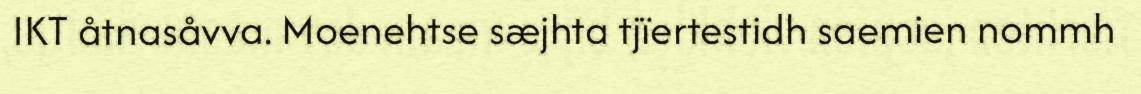
IKT åtnasåvva. Moenehtse sæjhta tjïertestidh saemien nommh